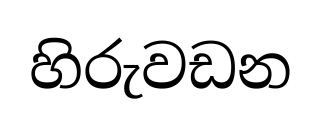
හිරුවඩන